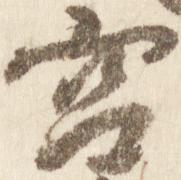
宮